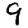
Digit: 9